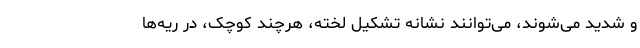
و شدید می‌شوند، می‌توانند نشانه تشکیل لخته، هرچند کوچک، در ریه‌ها